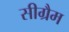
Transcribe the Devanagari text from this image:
सीग्रैम